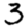
Digit: 3